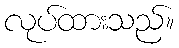
လုပ်ထားသည်။